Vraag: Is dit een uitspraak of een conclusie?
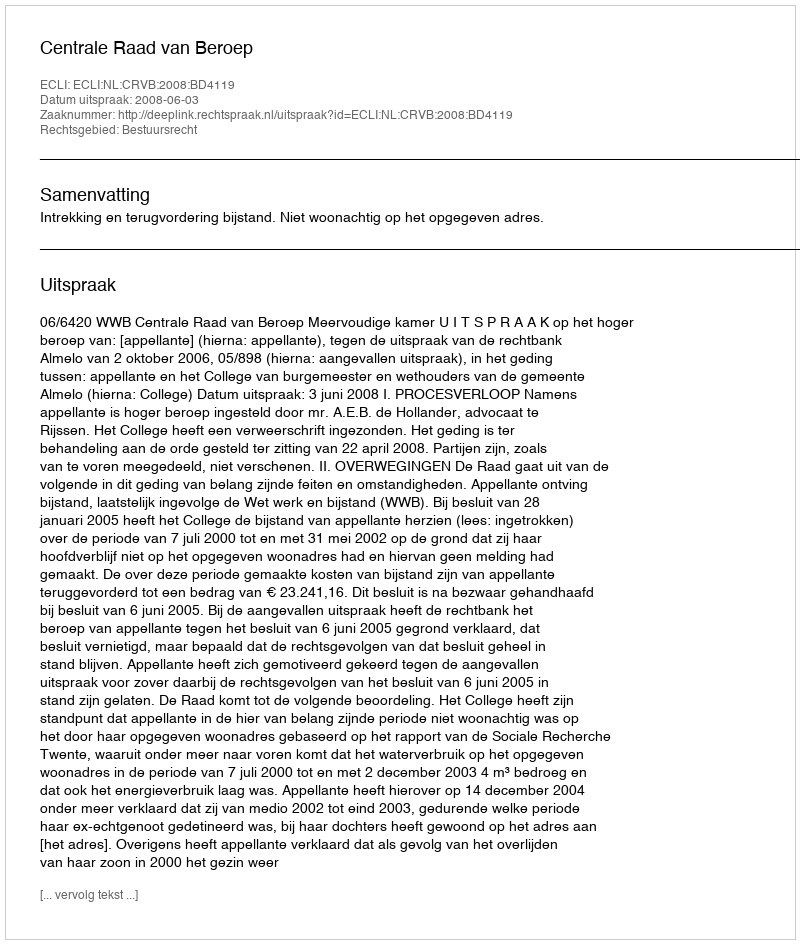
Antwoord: Uitspraak